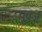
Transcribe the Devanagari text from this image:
पूवर्ज